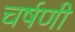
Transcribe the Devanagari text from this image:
चर्षणी